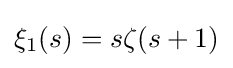
\xi _{1}(s)=s\zeta (s+1)